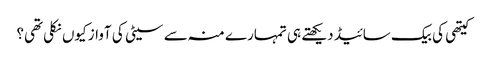
کیتھی کی بیک سائیڈ دیکھتے ہی تمہارے منہ سے سیٹی کی آواز کیوں نکلی تھی؟